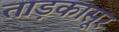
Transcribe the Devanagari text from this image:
ताड़कासूर